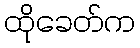
ထိုခေတ်က